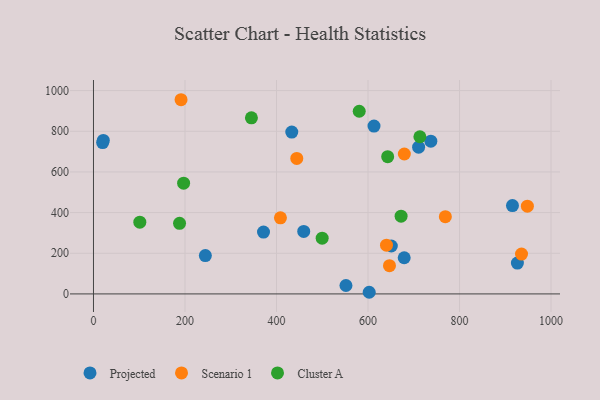
{"axis": {"x": "Experience", "y": "Fuel Efficiency"}, "legend": ["Cluster A", "Projected", "Scenario 1"], "data": [{"x": "433.4", "y": 796.0, "type": "Projected"}, {"x": "602.6", "y": 8.1, "type": "Projected"}, {"x": "551.8", "y": 41.5, "type": "Projected"}, {"x": "651.0", "y": 235.6, "type": "Projected"}, {"x": "613.1", "y": 825.7, "type": "Projected"}, {"x": "737.3", "y": 751.4, "type": "Projected"}, {"x": "710.6", "y": 721.6, "type": "Projected"}, {"x": "371.6", "y": 304.1, "type": "Projected"}, {"x": "459.5", "y": 307.2, "type": "Projected"}, {"x": "915.7", "y": 434.3, "type": "Projected"}, {"x": "679.1", "y": 178.0, "type": "Projected"}, {"x": "244.5", "y": 188.6, "type": "Projected"}, {"x": "21.5", "y": 754.9, "type": "Projected"}, {"x": "20.0", "y": 744.4, "type": "Projected"}, {"x": "926.5", "y": 151.9, "type": "Projected"}, {"x": "408.6", "y": 374.2, "type": "Scenario 1"}, {"x": "935.5", "y": 196.1, "type": "Scenario 1"}, {"x": "679.4", "y": 688.1, "type": "Scenario 1"}, {"x": "646.9", "y": 138.7, "type": "Scenario 1"}, {"x": "948.3", "y": 431.6, "type": "Scenario 1"}, {"x": "769.0", "y": 379.7, "type": "Scenario 1"}, {"x": "191.4", "y": 955.1, "type": "Scenario 1"}, {"x": "640.4", "y": 239.6, "type": "Scenario 1"}, {"x": "444.3", "y": 666.5, "type": "Scenario 1"}, {"x": "197.0", "y": 544.5, "type": "Cluster A"}, {"x": "499.8", "y": 274.3, "type": "Cluster A"}, {"x": "672.3", "y": 382.6, "type": "Cluster A"}, {"x": "188.1", "y": 347.0, "type": "Cluster A"}, {"x": "643.0", "y": 675.2, "type": "Cluster A"}, {"x": "580.8", "y": 898.5, "type": "Cluster A"}, {"x": "101.3", "y": 353.0, "type": "Cluster A"}, {"x": "345.2", "y": 866.3, "type": "Cluster A"}, {"x": "713.4", "y": 773.0, "type": "Cluster A"}]}